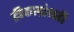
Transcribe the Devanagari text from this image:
टीकाग्रंथही